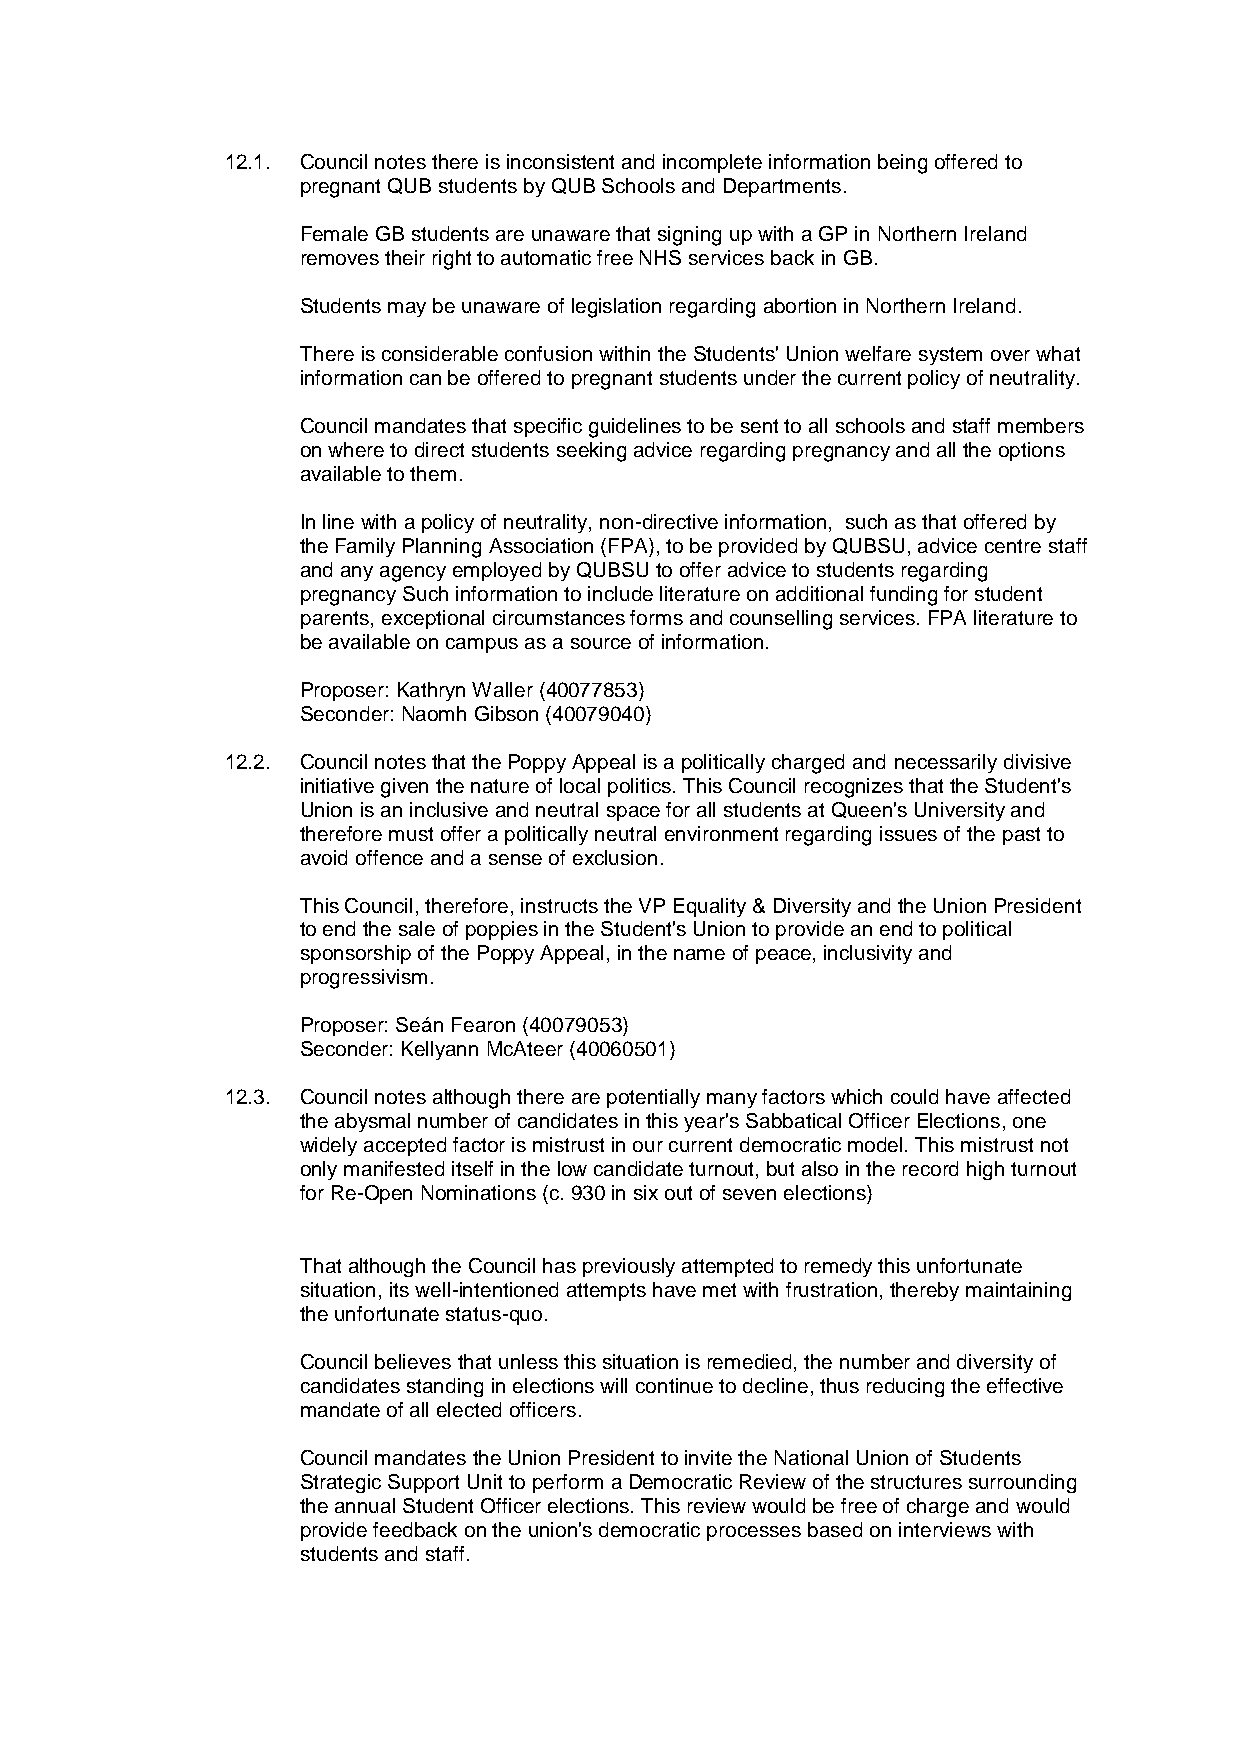
12.1. Council notes there is inconsistent and incomplete information being offered to
 pregnant QUB students by QUB Schools and Departments.
 Female GB students are unaware that signing up with a GP in Northern Ireland
 removes their right to automatic free NHS services back in GB.
 Students may be unaware of legislation regarding abortion in Northern Ireland.
 There is considerable confusion within the Students' Union welfare system over what
 information can be offered to pregnant students under the current policy of neutrality.
 Council mandates that specific guidelines to be sent to all schools and staff members
 on where to direct students seeking advice regarding pregnancy and all the options
 available to them.
 In line with a policy of neutrality, non-directive information, such as that offered by
 the Family Planning Association (FPA), to be provided by QUBSU, advice centre staff
 and any agency employed by QUBSU to offer advice to students regarding
 pregnancy Such information to include literature on additional funding for student
 parents, exceptional circumstances forms and counselling services. FPA literature to
 be available on campus as a source of information.
 Proposer: Kathryn Waller (40077853)
 Seconder: Naomh Gibson (40079040)
 12.2. Council notes that the Poppy Appeal is a politically charged and necessarily divisive
 initiative given the nature of local politics. This Council recognizes that the Student's
 Union is an inclusive and neutral space for all students at Queen's University and
 therefore must offer a politically neutral environment regarding issues of the past to
 avoid offence and a sense of exclusion.
 This Council, therefore, instructs the VP Equality & Diversity and the Union President
 to end the sale of poppies in the Student's Union to provide an end to political
 sponsorship of the Poppy Appeal, in the name of peace, inclusivity and
 progressivism.
 Proposer: Seán Fearon (40079053)
 Seconder: Kellyann McAteer (40060501)
 12.3. Council notes although there are potentially many factors which could have affected
 the abysmal number of candidates in this year's Sabbatical Officer Elections, one
 widely accepted factor is mistrust in our current democratic model. This mistrust not
 only manifested itself in the low candidate turnout, but also in the record high turnout
 for Re-Open Nominations (c. 930 in six out of seven elections)
 That although the Council has previously attempted to remedy this unfortunate
 situation, its well-intentioned attempts have met with frustration, thereby maintaining
 the unfortunate status-quo.
 Council believes that unless this situation is remedied, the number and diversity of
 candidates standing in elections will continue to decline, thus reducing the effective
 mandate of all elected officers.
 Council mandates the Union President to invite the National Union of Students
 Strategic Support Unit to perform a Democratic Review of the structures surrounding
 the annual Student Officer elections. This review would be free of charge and would
 provide feedback on the union's democratic processes based on interviews with
 students and staff.